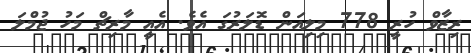
ރިޒާވް ހުރީ 778 މިލިއަން ޑޮލަރުގަ އެވެ. އެއީ މާރިޗް މަހު ޖުމްލަ